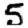
Digit: 5